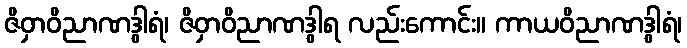
ဇိဝှာဝိညာဏဒွါရံ၊ ဇိဝှာဝိညာဏဒွါရ လည်းကောင်း။ ကာယဝိညာဏဒွါရံ၊